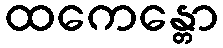
ထကေန္တော